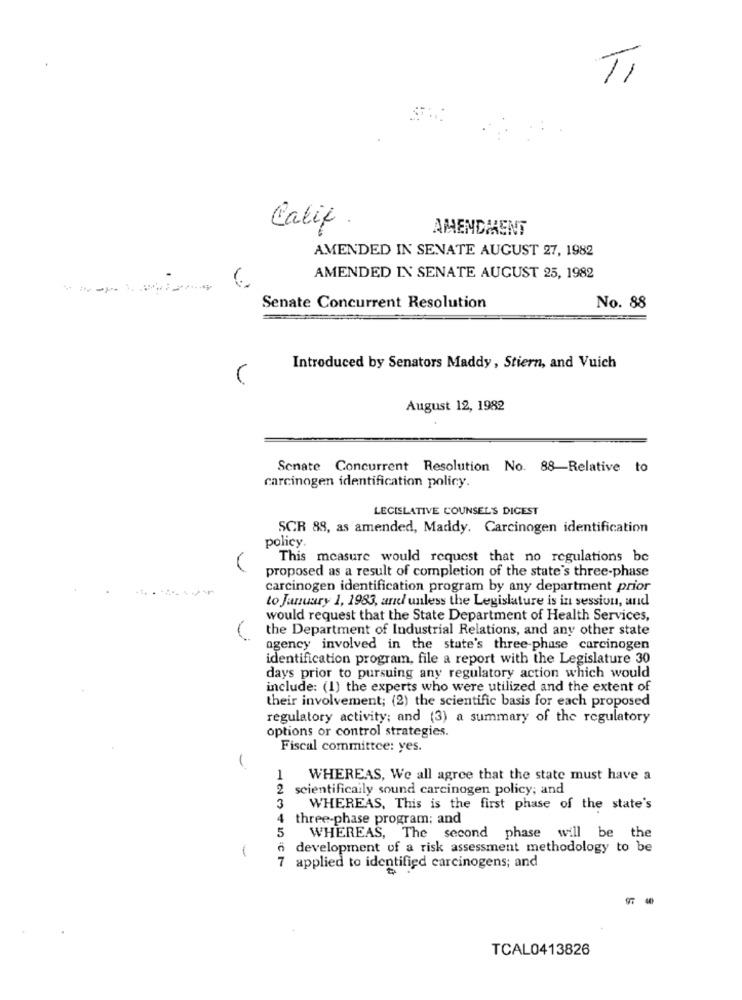
TI
Calif .
AMENDMENT
AMENDED IN SENATE AUGUST 27, 1982
AMENDED IN SENATE AUGUST 25, 1982
Senate Concurrent Resolution
No. 88
Introduced by Senators Maddy, Stiern, and Vuich
August 12, 1982
Senate Concurrent Resolution No. 88-Relative to
carcinogen identification policy.
LECISLATIVE COUNSEL'S DIGEST
SCR 88, as amended, Maddy. Carcinogen identification
policy.
This measure would request that no regulations be
proposed as a result of completion of the state's three-phase
carcinogen identification program by any department prior
to January 1, 1983, and unless the Legislature is in session, and
would request that the State Department of Health Services,
the Department of Industrial Relations, and any other state
agency involved in the state's three-phase carcinogen
identification program, file a report with the Legislature 30
days prior to pursuing any regulatory action which would
include: (1) the experts who were utilized and the extent of
their involvement; (2) the scientific basis for each proposed
regulatory activity; and (3) a summary of the regulatory
options or control strategies.
Fiscal committee: yes.
1
WHEREAS, We all agree that the state must have a
2
scientifically sound carcinogen policy; and
3
WHEREAS, This is the first phase of the state's
4
three-phase program; and
5
WHEREAS, The second phase will be the
1
development of a risk assessment methodology to be
7 applied to identified carcinogens; and
TCAL0413826